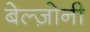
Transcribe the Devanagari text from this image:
बेल्ज़ोनी